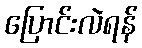
ပြောင်းလဲရန်